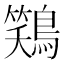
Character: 𫛎